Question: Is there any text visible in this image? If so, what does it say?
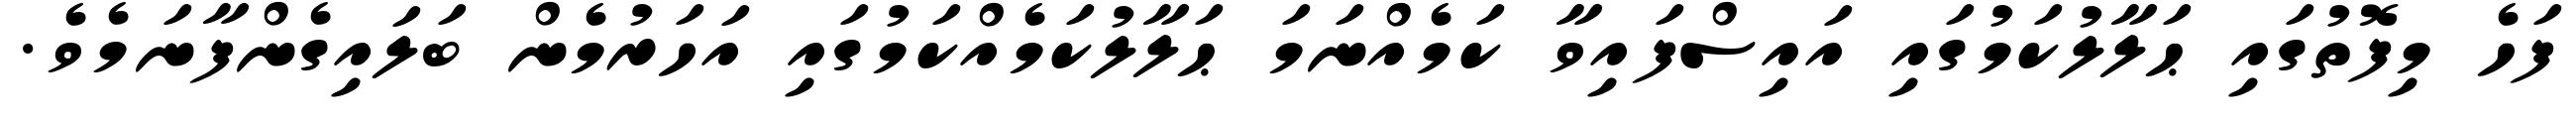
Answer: ފަހެ މިފޮތުގައި ޙަލާލުކަމުގައި އައިސްފައިވާ ކަމެއްނަމަ ޙަލާލުކަމެއްކަމުގައި އަހަރުމެން ބަލައިގެންފާނަމެވެ.